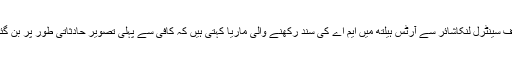
" میٹروپولیٹن یونیورسٹی سے فائن آرٹ میں بی اے اور یونیورسٹی آف سینٹرل لنکاشائر سے آرٹس ہیلتھ میں ایم اے کی سند رکھنے والی ماریا کہتی ہیں کہ کافی سے پہلی تصویر حادثاتی طور پر بن گئی تھی لیکن اب وہ اس انوکھی طرز میں اچھا خاصا کام کرچکی ہیں۔